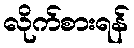
လိုက်စားရန်